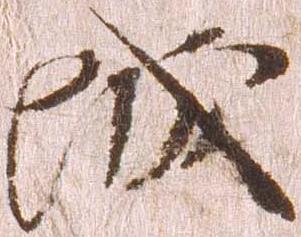
城